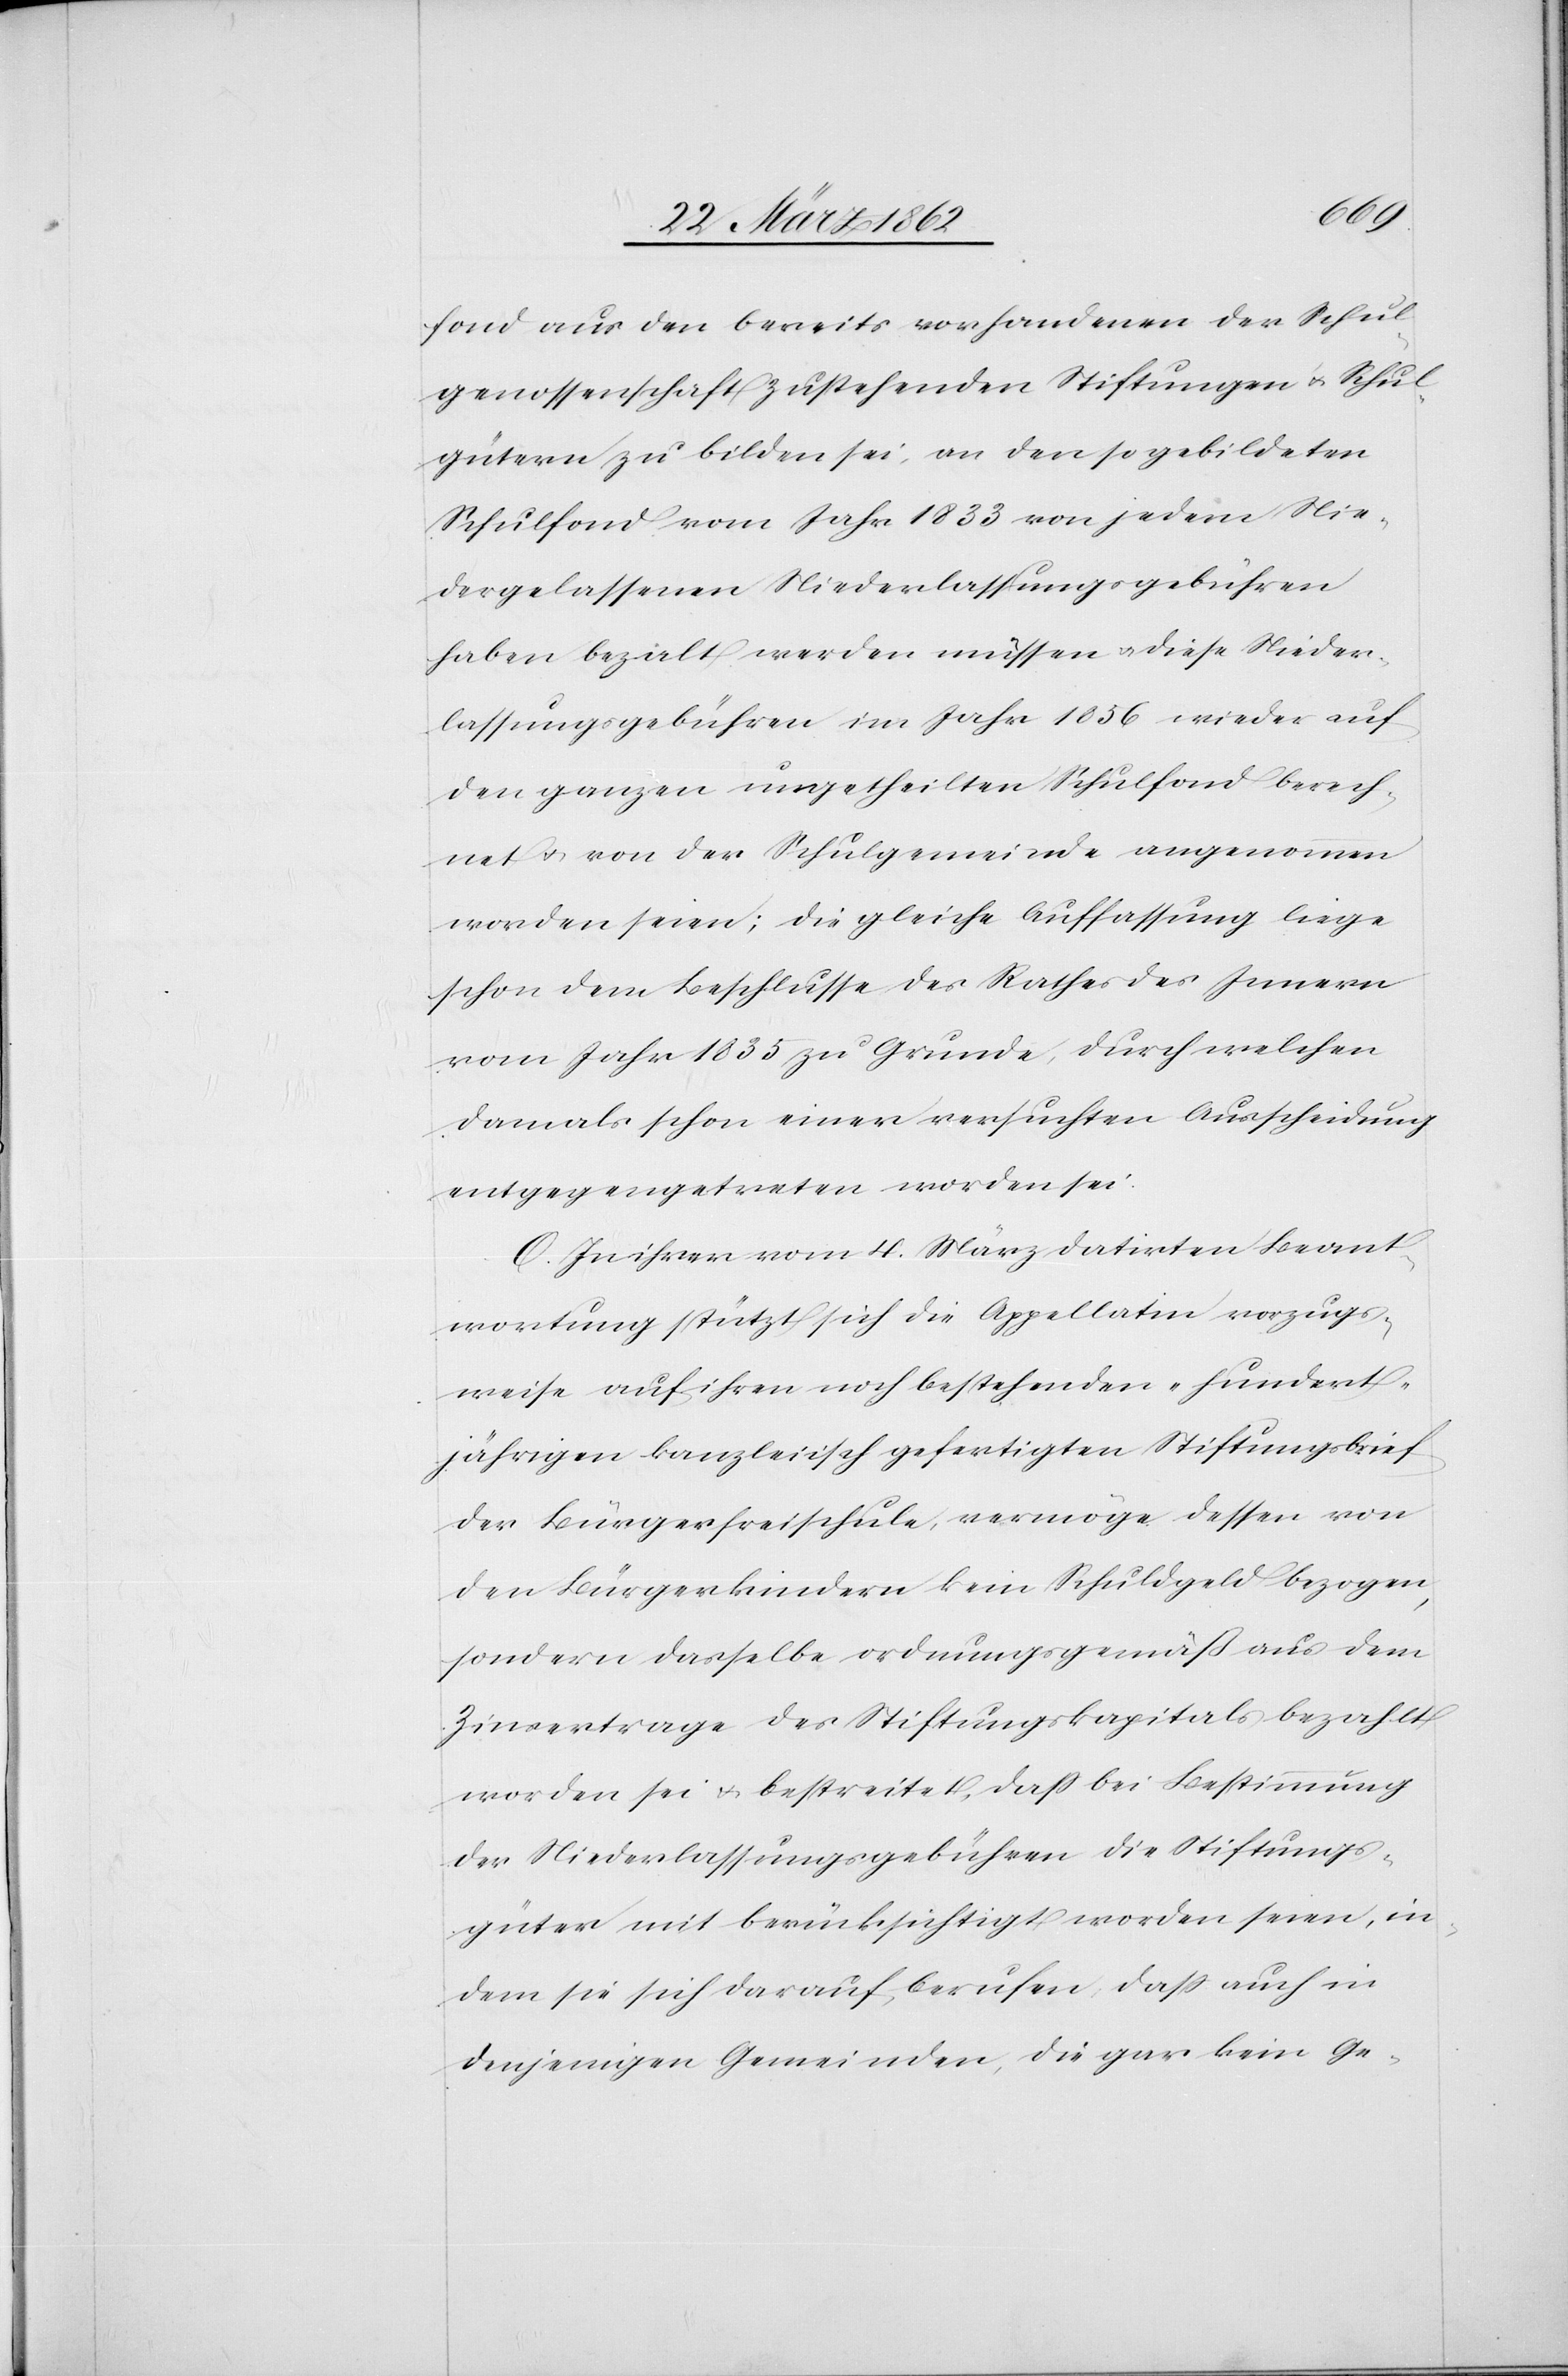
fond aus den bereits vorhandenen der Schul¬
genossenschaft zustehenden Stiftungen u. Schul¬
gütern zu bilden sei, an den so gebildeten
Schulfond vom Jahr 1833 von jedem Nie¬
dergelassenen Niederlassungsgebühren
haben bezahlt werden müssen u. diese Nieder¬
lassungsgebühren im Jahr 1856 wieder auf
den ganzen ungetheilten Schulfond berech¬
net u. von der Schulgemeinde angenommen
worden seien; die gleiche Auffassung liege
schon dem Beschlusse des Rathes des Innern
vom Jahr 1835 zu Grunde, durch welchen
damals schon einer versuchten Ausscheidung
entgegengetreten worden sei.
O. In ihrer vom 4. März datirten Beant¬
wortung stützt sich die Appellatin vorzugs¬
weise auf ihren noch bestehenden hundert¬
jährigen kanzleiisch gefertigten Stiftunsbrief
der Bürgerfreischule, vermöge dessen von
den Bürgerkindern kein Schulgeld bezogen,
sondern dasselbe ordnungsgemäß aus dem
Zinsertrage des Stiftungskapitals bezahlt
worden sei u. bestreitet, daß bei Bestimmung
der Niederlassungsgebühren die Stiftungs¬
güter mit berücksichtigt worden seien, in¬
dem sie sich darauf berufen, daß auch in
denjenigen Gemeinden, die gar kein Ge-